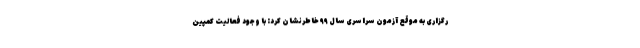
رگزاری به موقع آزمون سراسری سال ٩٩ خاطرنشان کرد: با وجود فعالیت کمپین